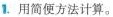
1.用简便方法计算。